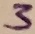
Text: 3